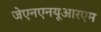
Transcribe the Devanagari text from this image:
जेएनएनयूआरएम